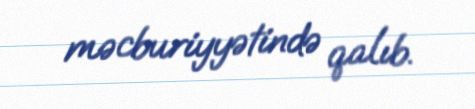
məcburiyyətində qalıb.